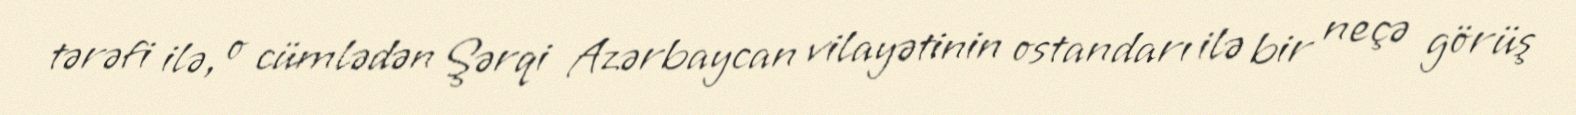
tərəfi ilə, o cümlədən Şərqi Azərbaycan vilayətinin ostandarı ilə bir neçə görüş